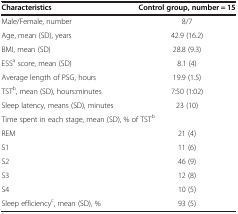
| Characteristics | Control group, number = 15 |
 | --- | --- |
 | Male/Female, number | 8/7 |
 | Age, mean (SD), years | 42.9 (16.2) |
 | BMI, mean (SD) | 28.8 (9.3) |
 | ESSa score, mean (SD) | 8.1 (4) |
 | Average length of PSG, hours | 19.9 (1.5) |
 | TSTb, mean (SD), hours:minutes | 7:50 (1:02) |
 | Sleep latency, means (SD), minutes | 23 (10) |
 | <COLSPAN=2> Time spent in each stage, mean (SD), % of TSTb |
 | REM | 21 (4) |
 | S1 | 11 (6) |
 | S2 | 46 (9) |
 | S3 | 12 (8) |
 | S4 | 10 (5) |
 | Sleep efficiencyc, mean (SD), % | 93 (5) |